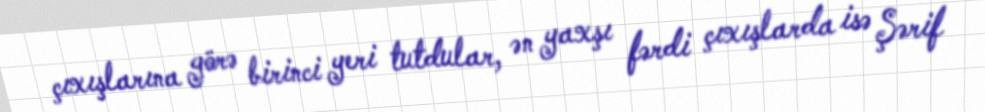
çıxışlarına görə birinci yeri tutdular, ən yaxşı fərdi çıxışlarda isə Şərif